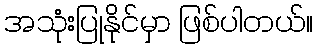
အသုံးပြုနိုင်မှာ ဖြစ်ပါတယ်။